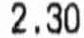
2.30